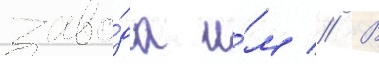
заво́да и́м // В